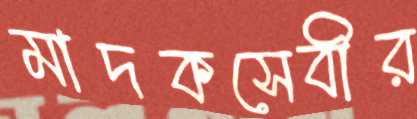
মাদকসেবীর